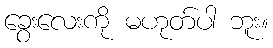
ခွေးလေးကို မဟုတ်ပါ ဘူး။